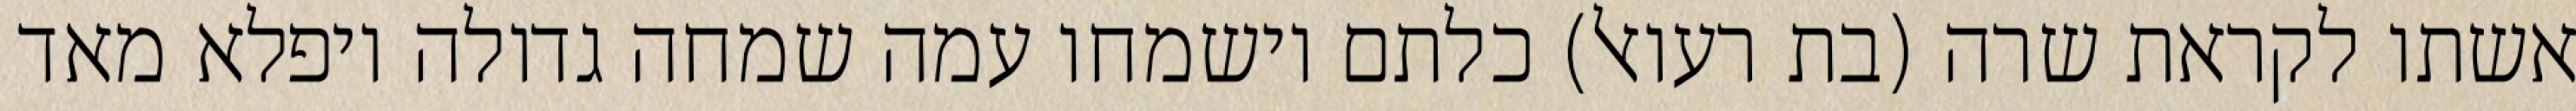
אשתו לקראת שרה (בת רעואל) כלתם וישמחו עמה שמחה גדולה ויפלא מאד